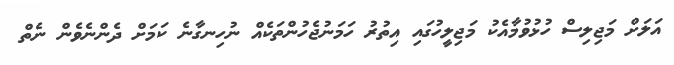
އަލަށް މަޖިލިސް ހުޅުވުމާއެކު މަޖިލީހުގައި އިތުރު ހަމަނުޖެހުންތަކެއް ނުހިނގާނެ ކަމަށް ދެންނެވެން ނެތް